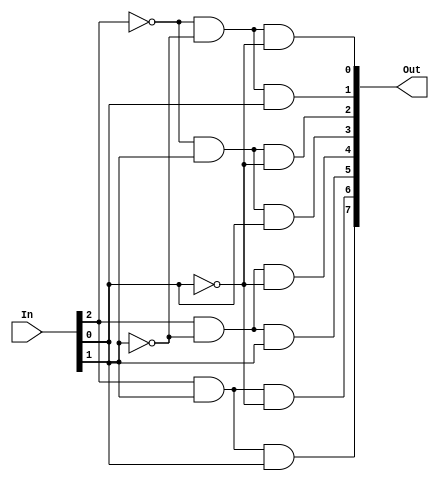

module decoder3to8(In, Out);
    input  [2:0] In;
    output [7:0] Out;

    assign Out[0] = ~In[2] & ~In[1] & ~In[0];
    assign Out[1] = ~In[2] & ~In[1] & In[0];
    assign Out[2] = ~In[2] & In[1] & ~In[0];
    assign Out[3] = ~In[2] & In[1] & In[0];
    assign Out[4] = In[2] & ~In[1] & ~In[0];
    assign Out[5] = In[2] & ~In[1] & In[0];
    assign Out[6] = In[2] & In[1] & ~In[0];
    assign Out[7] = In[2] & In[1] & In[0];
endmodule